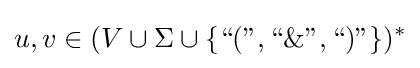
u,v\in (V\cup \Sigma \cup \{{\text{“(”}},{\text{“}}\&{\text{”}},{\text{“)”}}\})^{*}